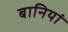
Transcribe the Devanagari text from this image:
बानियां